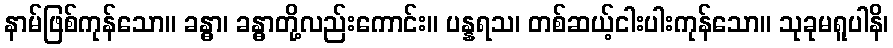
နာမ်ဖြစ်ကုန်သော။ ခန္ဓာ၊ ခန္ဓာတို့လည်းကောင်း။ ပန္နရသ၊ တစ်ဆယ့်ငါးပါးကုန်သော။ သုခုမရူပါနိ၊